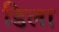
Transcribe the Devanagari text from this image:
डिला